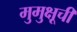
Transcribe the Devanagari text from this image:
मुमुक्षूची